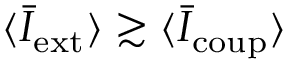
\langle \bar { I } _ { \mathrm { e x t } } \rangle \gtrsim \langle \bar { I } _ { \mathrm { c o u p } } \rangle